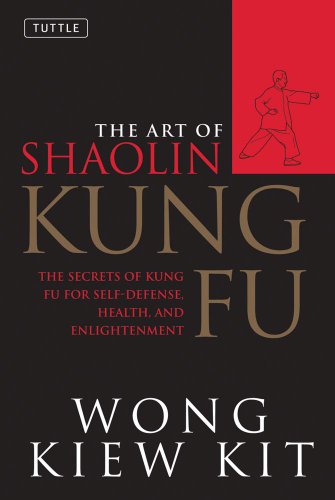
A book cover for The Art of Shaolin Kung Fu: The Secrets of Kung Fu for Self-Defense, Health, and Enlightenment (Tuttle Martial Arts); Wong Kiew Kit; Sports & Outdoors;